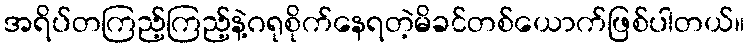
အရိပ်တကြည့်ကြည့်နဲ့ဂရုစိုက်နေရတဲ့မိခင်တစ်ယောက်ဖြစ်ပါတယ်။